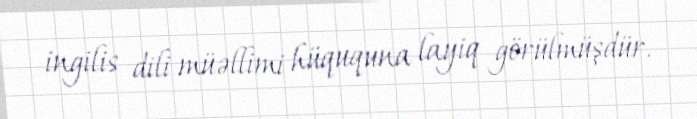
ingilis dili müəllimi hüququna layiq görülmüşdür.